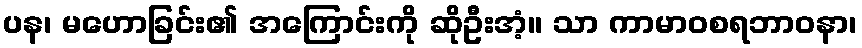
ပန၊ မဟောခြင်း၏ အကြောင်းကို ဆိုဦးအံ့။ သာ ကာမာဝစရဘာဝနာ၊